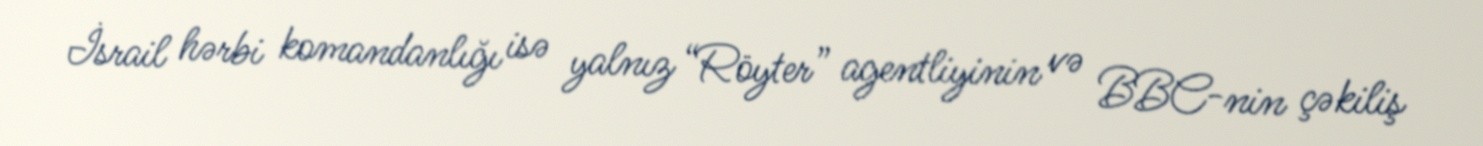
İsrail hərbi komandanlığı isə yalnız “Röyter” agentliyinin və BBC-nin çəkiliş